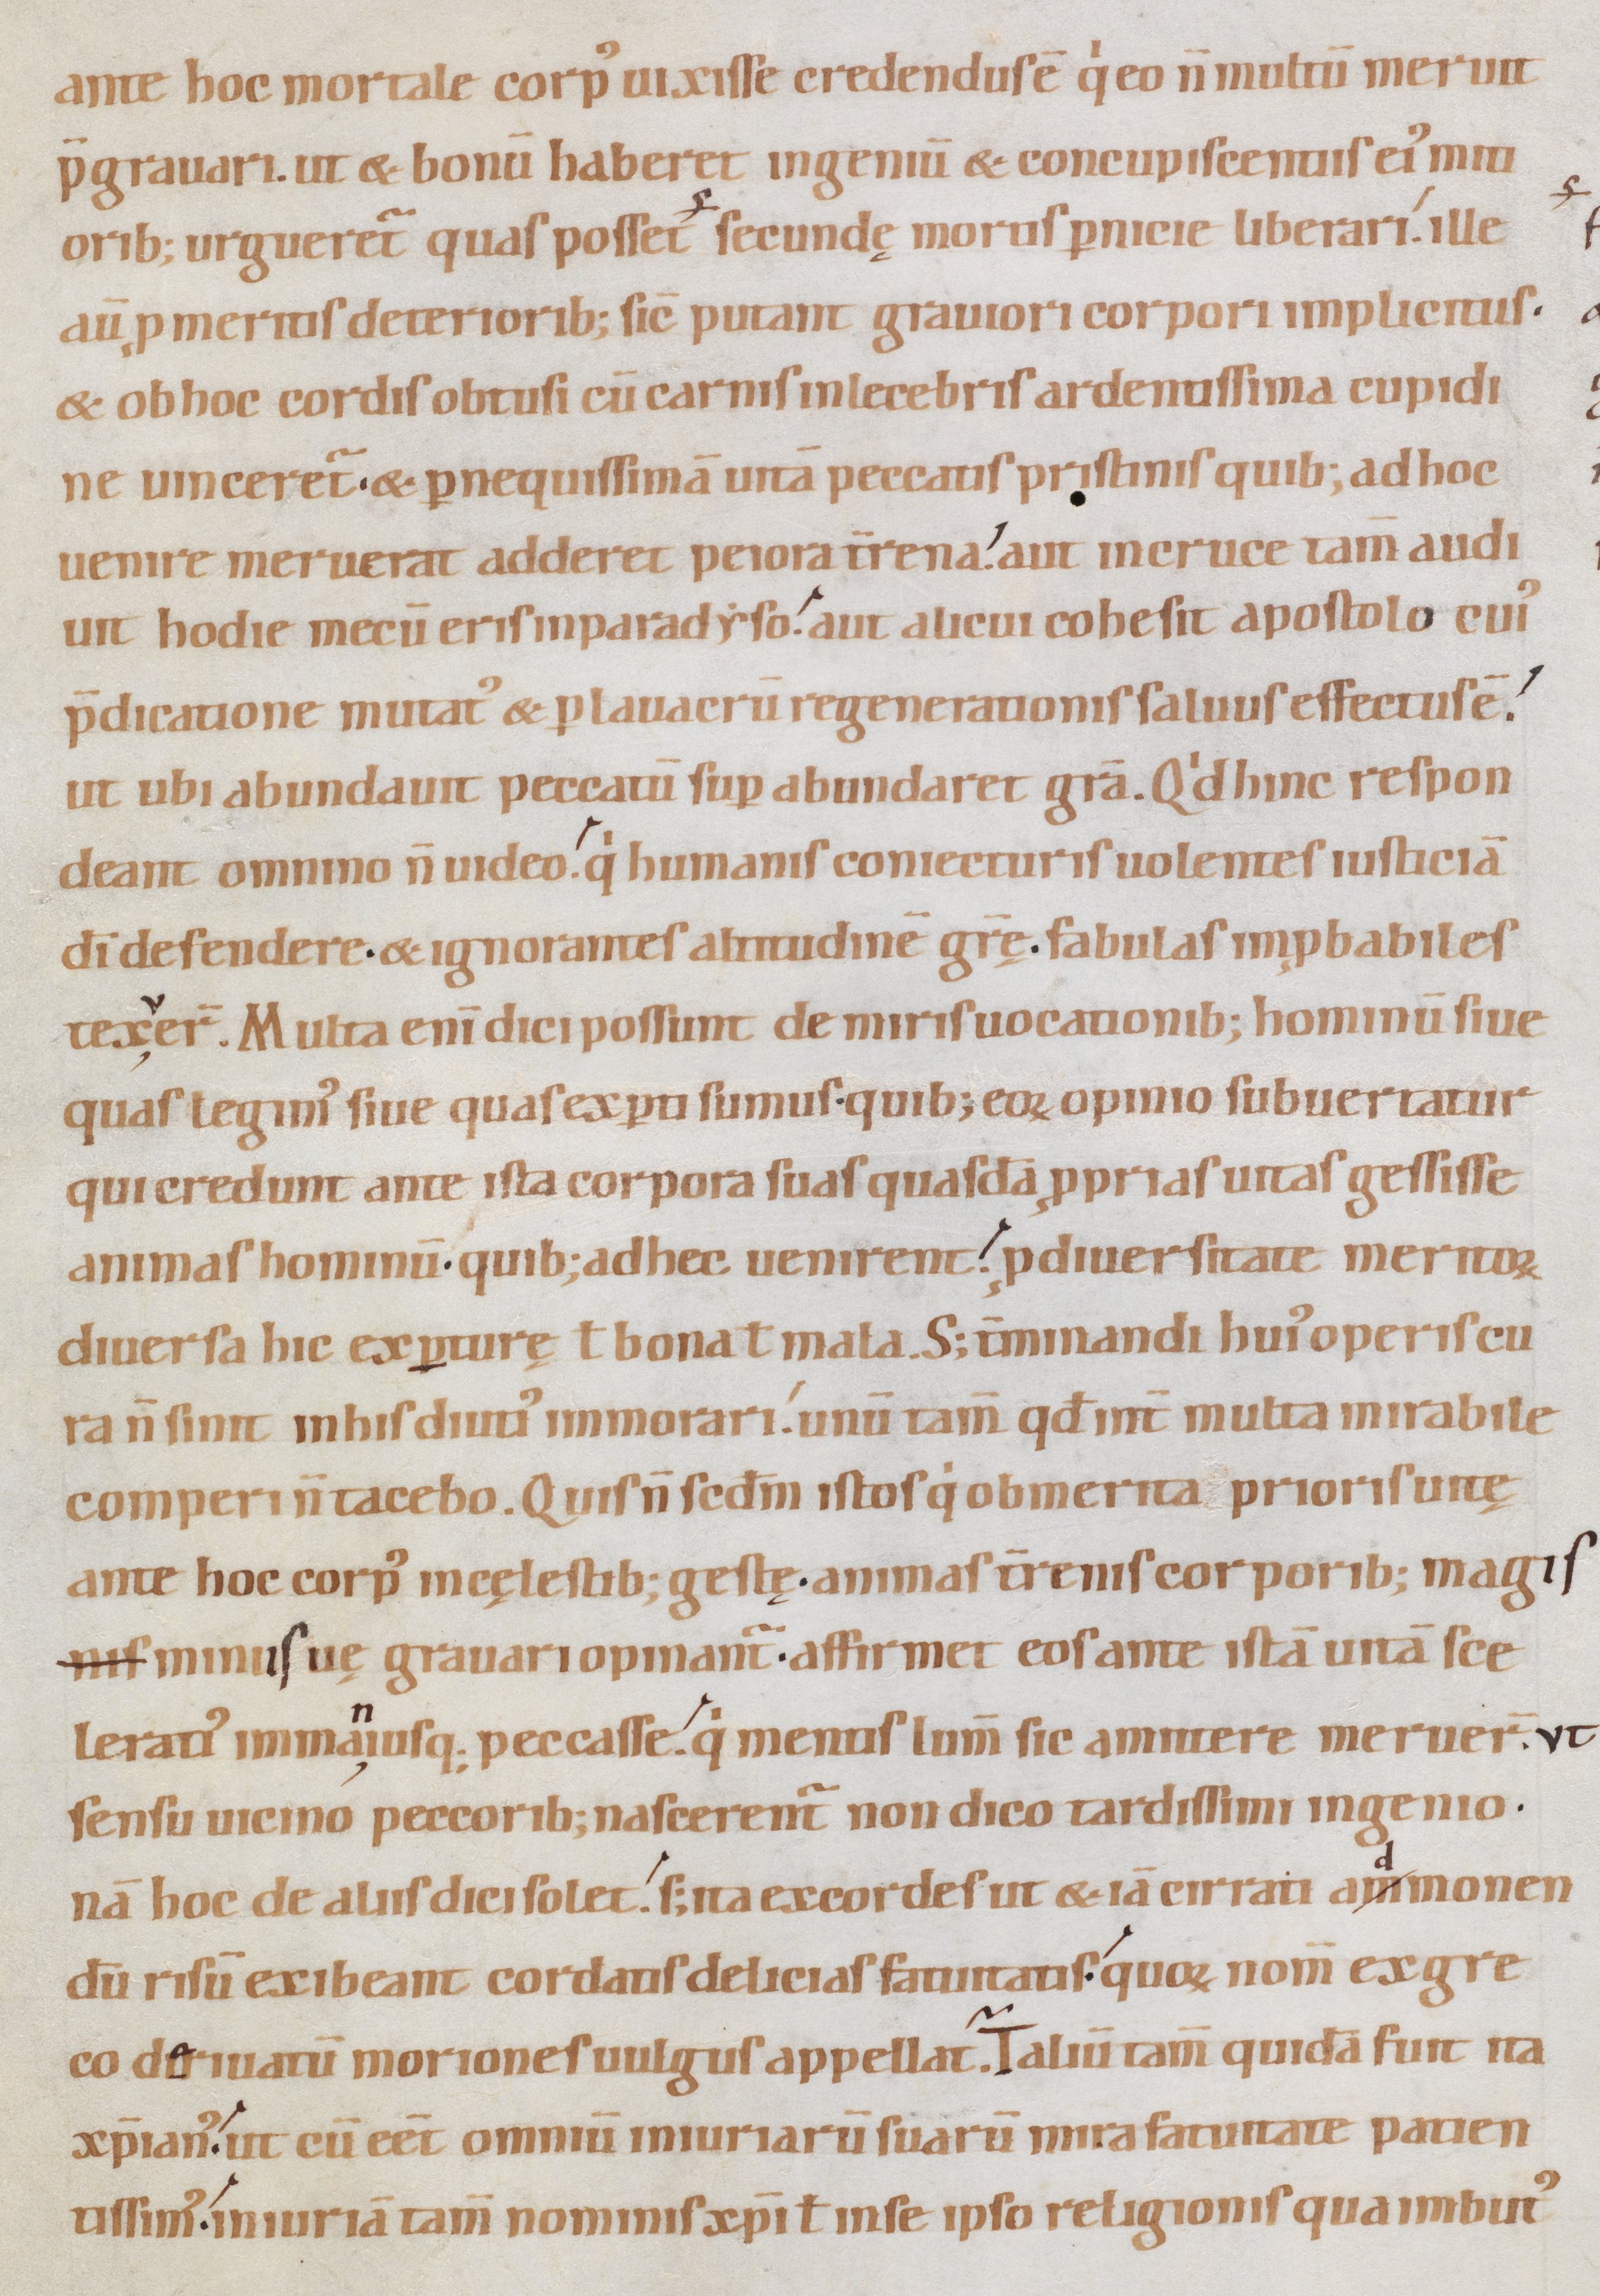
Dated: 1080–1096